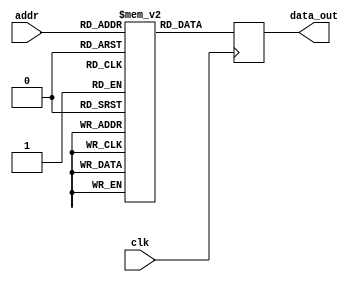
module precomp_rom (
        input clk,
        input [12:0] addr,  // 5 bit for round 8 bit for value
        output reg [254:0] data_out
);

reg [254:0] ram[8191:0];

// Initialize RAM from file
parameter MEM_INIT_FILE = "";

initial begin
  if (MEM_INIT_FILE != "") begin
    $readmemh(MEM_INIT_FILE, ram);
  end
end

always @(posedge clk) begin
    // Place data from RAM
    data_out <= ram[addr];
end

endmodule